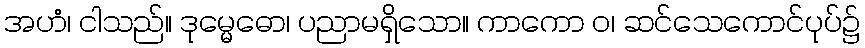
အဟံ၊ ငါသည်။ ဒုမ္မေဓော၊ ပညာမရှိသော။ ကာကော ဝ၊ ဆင်သေကောင်ပုပ်၌